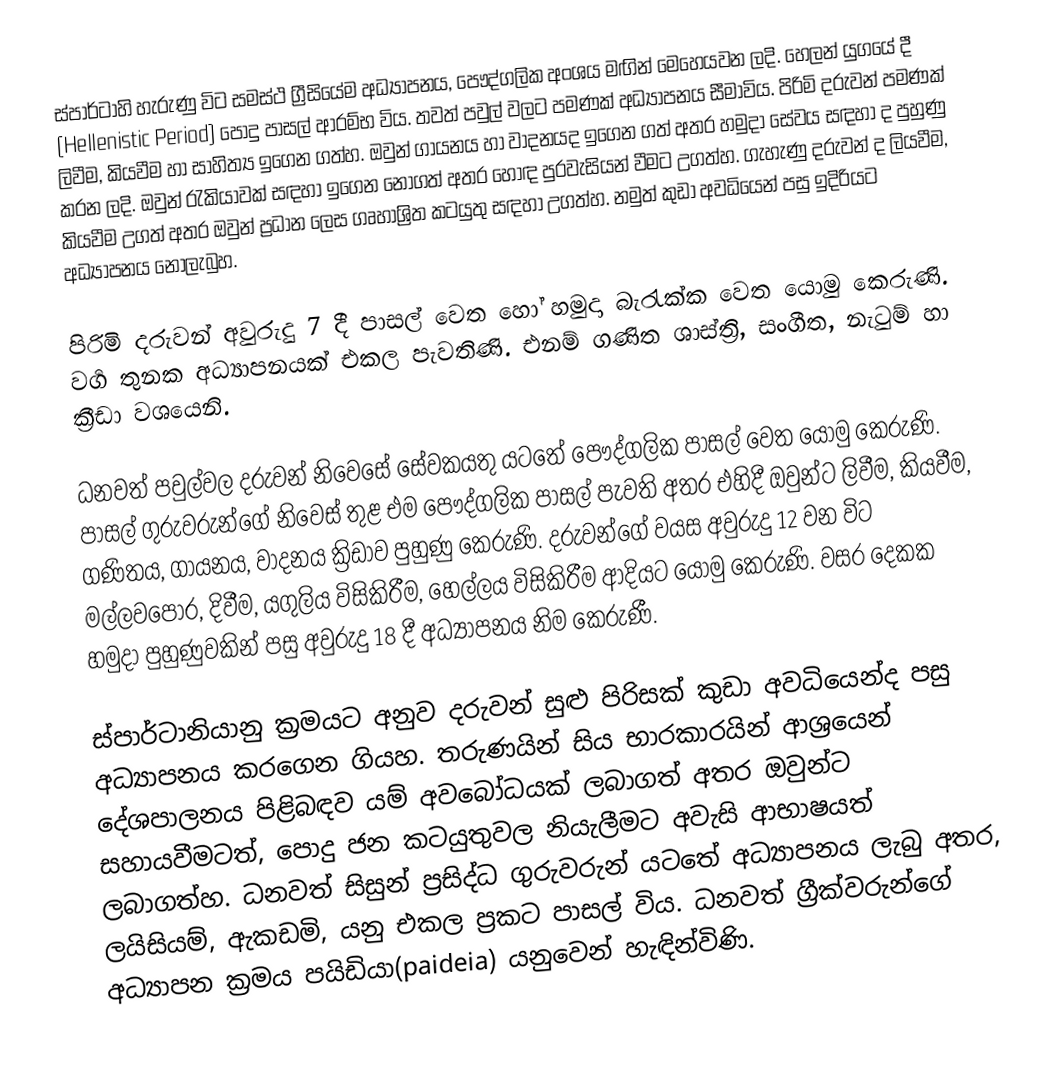
ස්පාර්ටාහි  හැරුණු විට සමස්ථ ග්‍රීසියේම අධ්‍යාපනය, පෞද්ගලික අංශය මඟින් මෙහෙයවන ලදි. හෙලන් යුගයේ දී (Hellenistic Period) පොදු පාසල් ආරම්භ විය. තවත් පවුල් වලට පමණක් අධ්‍යාපනය සීමාවිය. පිරිමි දරුවන් පමණක් ලිවීම, කියවීම හා සාහිත්‍ය ඉගෙන ගත්හ.  ඔවුන් ගායනය හා වාදනයද ඉගෙන ගත් අතර හමුදා සේවය සඳහා ද පුහුණු කරන ලදි. ඔවුන්  රැකියාවක් සඳහා ඉගෙන නොගත් අතර හොඳ පුරවැසියන් වීමට උගත්හ. ගැහැණු දරුවන් ද ලියවීම, කියවීම උගත් අතර ඔවුන් ප්‍රධාන ලෙස ගෘහාශ්‍රිත කටයුතු සඳහා උගත්හ. නමුත් කුඩා අවධියෙන් පසු ඉදිරියට අධ්‍යාපනය නොලැබුහ.

පිරිමි දරුවන් අවුරුදු 7 දී පාසල් වෙත හෝ හමුදා බැරැක්ක වෙත යොමු කෙරුණි. වර්‍ග තුනක අධ්‍යාපනයක් එකල පැවතිණි.  එනම් ගණිත ශාස්ත්‍රි, සංගීත, නැටුම් හා ක්‍රීඩා වශයෙනි.

ධනවත් පවුල්වල දරුවන් නිවෙසේ සේවකයතු යටතේ පෞද්ගලික පාසල් වෙත යොමු කෙරුණි. පාසල් ගුරුවරුන්ගේ නිවෙස් තුළ එම පෞද්ගලික  පාසල් පැවති අතර  එහිදී ඔවුන්ට ලිවීම, කියවීම, ගණිතය, ගායනය, වාදනය ක්‍රිඩාව පුහුණු කෙරුණි. දරුවන්ගේ වයස අවුරුදු 12 වන විට මල්ලවපොර, දිවීම, යගුලිය විසිකිරීම, හෙල්ලය විසිකිරීම ආදියට යොමු කෙරුණි. වසර දෙකක හමුදා පුහුණුවකින් පසු අවුරුදු 18 දී අධ්‍යාපනය නිම කෙරුණී.

ස්පාර්ටානියානු ක්‍රමයට අනුව දරුවන්  සුළු පිරිසක් කුඩා අවධියෙන්ද පසු අධ්‍යාපනය කරගෙන ගියහ. තරුණයින් සිය භාරකාරයින් ආශ්‍රයෙන් දේශපාලනය පිළිබඳව යම් අවබෝධයක් ලබාගත් අතර ඔවුන්ට සහායවීමටත්, පොදු ජන  කටයුතුවල නියැලීමට අවැසි ආභාෂයත් ලබාගත්හ. ධනවත් සිසුන් ප්‍රසිද්ධ ගුරුවරුන් යටතේ අධ්‍යාපනය ලැබු අතර, ලයිසියම්, ඇකඩමි, යනු එකල ප්‍රකට පාසල් විය. ධනවත් ග්‍රීක්වරුන්ගේ අධ්‍යාපන ක්‍රමය පයිඩියා(paideia) යනුවෙන් හැඳින්විණි.